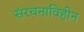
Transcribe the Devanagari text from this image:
संरचनाविहीन